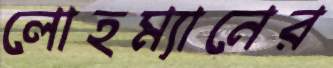
লোহম্যানের